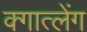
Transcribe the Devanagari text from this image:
क्गात्लेंग